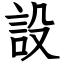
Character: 設